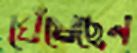
ঘেঁষেছেন